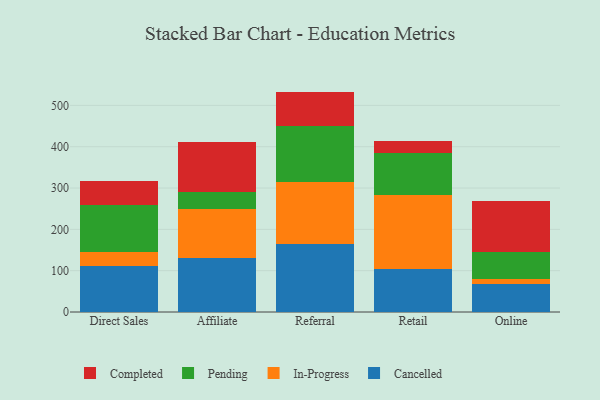
{"axis": {"x": "Channel", "y": "Backlog"}, "legend": ["Cancelled", "Completed", "In-Progress", "Pending"], "data": [{"x": "Direct Sales", "y": 110.6, "type": "Cancelled"}, {"x": "Direct Sales", "y": 34.8, "type": "In-Progress"}, {"x": "Direct Sales", "y": 113.3, "type": "Pending"}, {"x": "Direct Sales", "y": 58.7, "type": "Completed"}, {"x": "Affiliate", "y": 130.6, "type": "Cancelled"}, {"x": "Affiliate", "y": 118.7, "type": "In-Progress"}, {"x": "Affiliate", "y": 40.7, "type": "Pending"}, {"x": "Affiliate", "y": 121.2, "type": "Completed"}, {"x": "Referral", "y": 164.8, "type": "Cancelled"}, {"x": "Referral", "y": 149.0, "type": "In-Progress"}, {"x": "Referral", "y": 137.5, "type": "Pending"}, {"x": "Referral", "y": 82.1, "type": "Completed"}, {"x": "Retail", "y": 104.9, "type": "Cancelled"}, {"x": "Retail", "y": 178.7, "type": "In-Progress"}, {"x": "Retail", "y": 101.4, "type": "Pending"}, {"x": "Retail", "y": 28.4, "type": "Completed"}, {"x": "Online", "y": 67.9, "type": "Cancelled"}, {"x": "Online", "y": 11.9, "type": "In-Progress"}, {"x": "Online", "y": 66.4, "type": "Pending"}, {"x": "Online", "y": 121.4, "type": "Completed"}]}